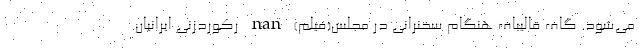
می‌شود. گاف قالیباف هنگام سخنرانی در مجلس(فیلم) nan رکوردزنی ایرانیان